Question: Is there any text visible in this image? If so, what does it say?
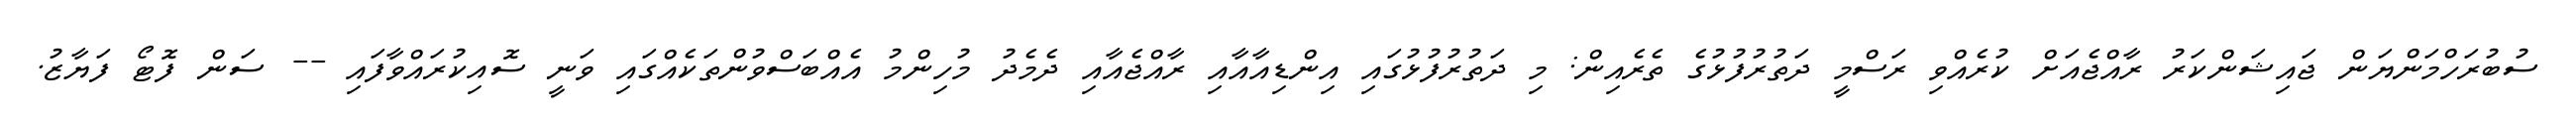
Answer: ސުބުރަހްމަންޔަން ޖައިޝަންކަރު ރާއްޖެއަށް ކުރެއްވި ރަސްމީ ދަތުރުފުޅުގެ ތެރެއިން: މި ދަތުރުފުޅުގައި އިންޑިއާއާއި ރާއްޖެއާއި ދެމެދު މުހިންމު އެއްބަސްވުންތަކެއްގައި ވަނީ ސޮއިކުރައްވާފައި -- ސަން ފޮޓޯ ފަޔާޒު.